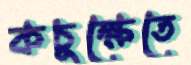
কচুক্ষেতে